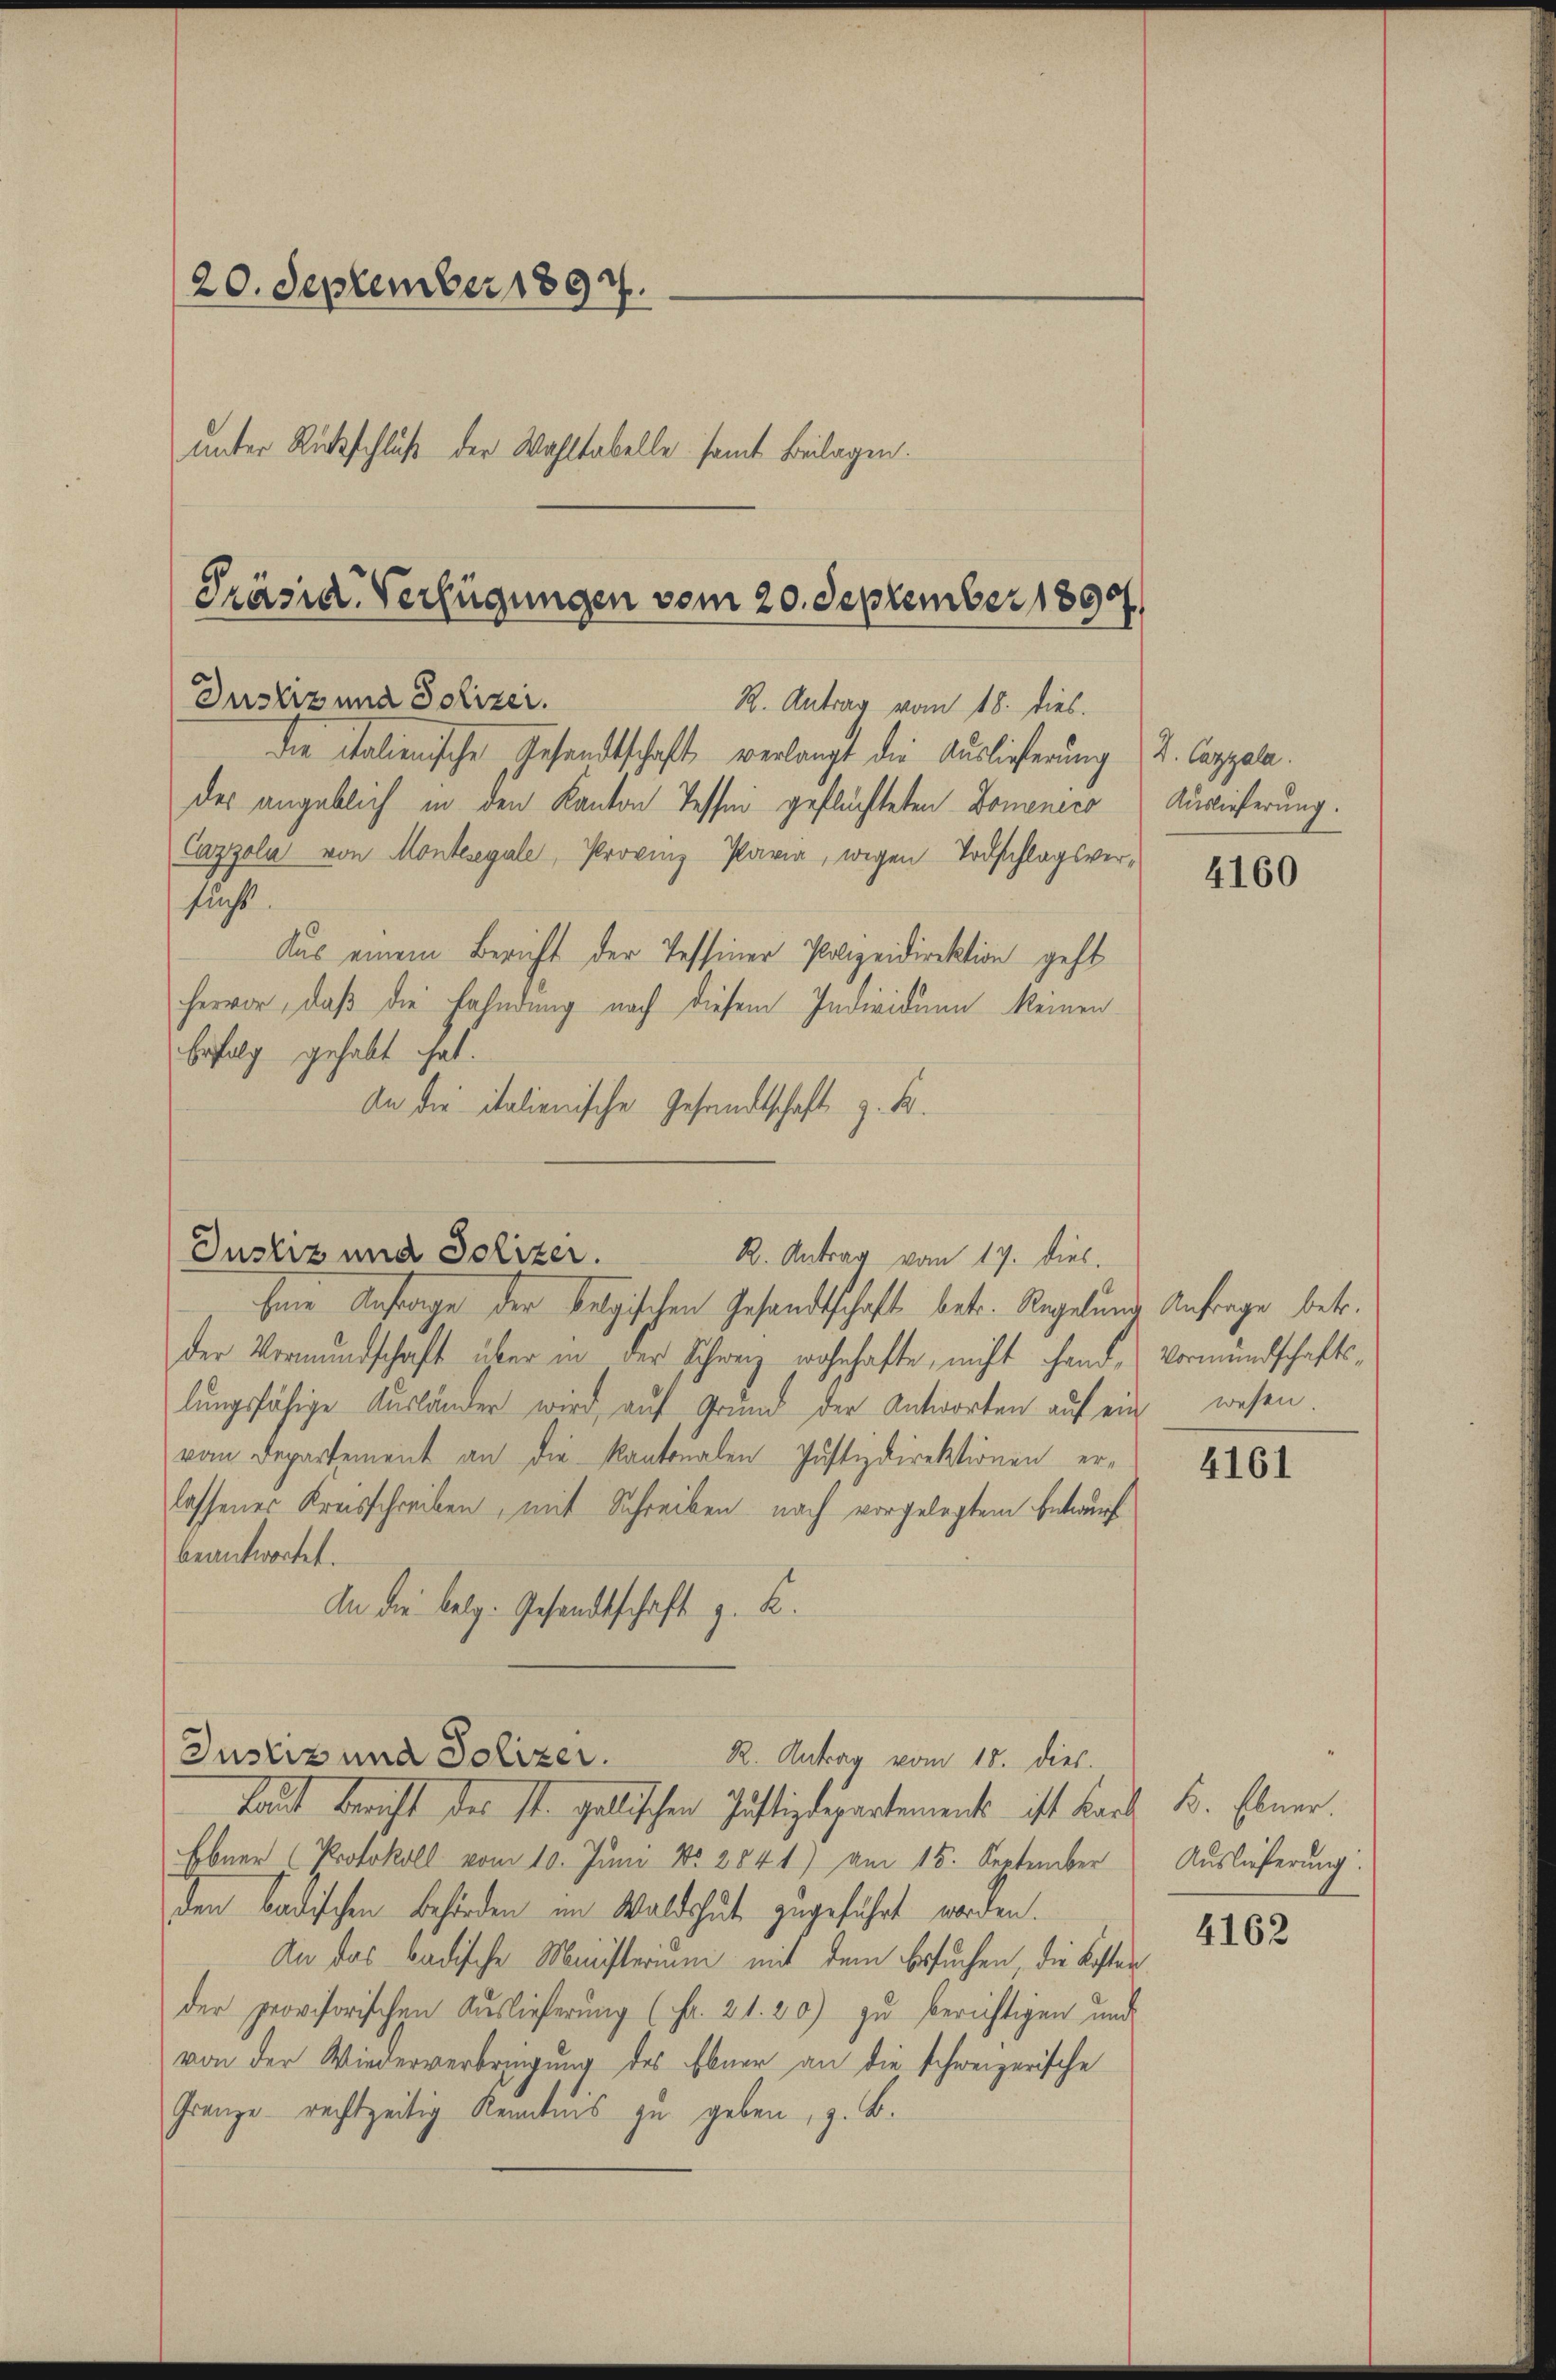
.
20. September 1897.
unter Rückschluß der Wahltabelle samt Beilagen.

Präsid. Verfügungen vom 20. September 1890
Justiz und Polizei.
R. Antrag vom 18. dies.
die italienische Gesandtschaft verlangt die Auslieferung u. Cappele.

des angeblich in den Kanton Tessin geflüchteten Domenico
Cazzola von Montesegale, Provinz Paria, wegen Todschlagsver¬

flucht.
Aus einem Bericht der Tessiner Polizeidirektion geht
hervor, daß die Fahndung nach diesem Individuum keinen
befolg gehabt hat.
An die italienische Gesandtschaft z. B.

Justiz und Polizer.
R. Antrag vom 17. dies.

bene Anfrage der belgischen Gesandtschaft betr. Regelung Anfrage betr.
der Vormundschaft über in der Schweiz wohnhafte, nicht hand, Vormundschaftslŭngsfähige Aŭsländer wird, auf Grund der Antworten auf ein wesen
vom Departement an die Kantonalen Justizdirektionen erlassenes Kreisschreiben, mit Schreiben nach vorgelegtem Entwurf
beantwortet.
An die belg. Gesandtschaft z. B.

Laut bericht der st. gallischen Justizdepartement ist Bach B. Ebner.
Ebner (Protokoll vom 10. Juni No 2841) am 15. September
den badischen Behörden im Waldshut zugeführt worden.
An das badische Ministerium mit dem Ersuchen die Kosten
der provisorischen Auslieferung (Fr. 21. 20) zu berichtigen und
von der Wiederverbringung des Ebner an die schweizerische
Gränze rechtzeitig Kenntnis zu geben, z. B.

Justiz und Polizer. K. Antrag vom 15. dies.

Auslieferung.

4160

4161

Auslieferung:

4162